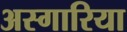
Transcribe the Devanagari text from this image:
अस्गारिया